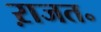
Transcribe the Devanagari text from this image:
ऱाजत॰